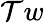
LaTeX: \mathcal{T}w